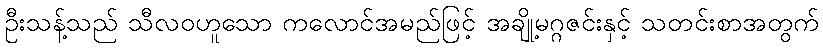
ဦးသန့်သည် သီလဝဟူသော ကလောင်အမည်ဖြင့် အချို့မဂ္ဂဇင်းနှင့် သတင်းစာအတွက်